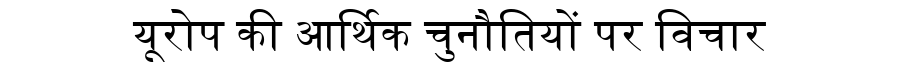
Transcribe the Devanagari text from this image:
यूरोप की आर्थिक चुनौतियों पर विचार